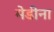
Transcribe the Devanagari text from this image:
मेडीना